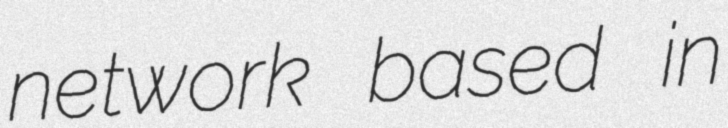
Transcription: network based in